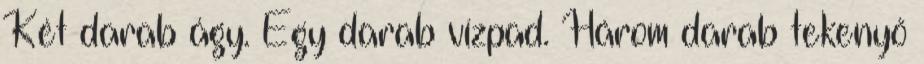
Két darab ágy. Egy darab vízpad. Három darab tekenyő